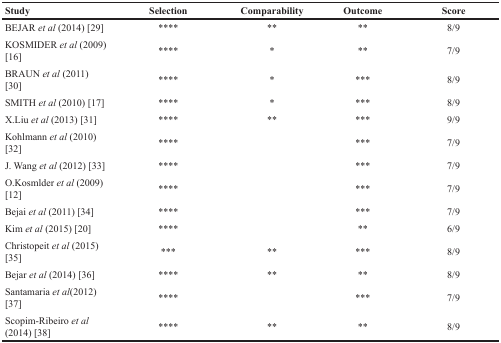
| Study | Selection | Comparability | Outcome | Score |
 | --- | --- | --- | --- | --- |
 | BEJAR et al (2014) [29] | **** | ** | ** | 8/9 |
 | KOSMIDER et al (2009) [16] | **** | * | ** | 7/9 |
 | BRAUN et al (2011) [30] | **** | * | *** | 8/9 |
 | SMITH et al (2010) [17] | **** | * | *** | 8/9 |
 | X.Liu et al (2013) [31] | **** | ** | *** | 9/9 |
 | Kohlmann et al (2010) [32] | **** |  | *** | 7/9 |
 | J. Wang et al (2012) [33] | **** |  | *** | 7/9 |
 | O.Kosmlder et al (2009) [12] | **** |  | *** | 7/9 |
 | Bejai et al (2011) [34] | **** |  | *** | 7/9 |
 | Kim et al (2015) [20] | **** |  | ** | 6/9 |
 | Christopeit et al (2015) [35] | *** | ** | *** | 8/9 |
 | Bejar et al (2014) [36] | **** | ** | ** | 8/9 |
 | Santamaria et al(2012) [37] | **** |  | *** | 7/9 |
 | Scopim-Ribeiro et al (2014) [38] | **** | ** | ** | 8/9 |